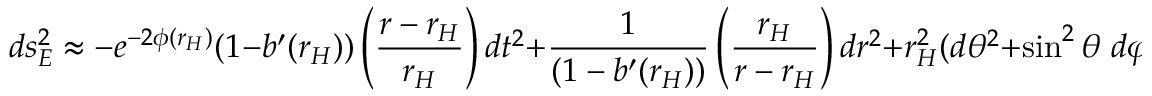
d s _ { E } ^ { 2 } \approx - e ^ { - 2 \phi ( r _ { H } ) } ( 1 - b ^ { \prime } ( r _ { H } ) ) \left( { \frac { r - r _ { H } } { r _ { H } } } \right) d t ^ { 2 } + { \frac { 1 } { ( 1 - b ^ { \prime } ( r _ { H } ) ) } } \left( { \frac { r _ { H } } { r - r _ { H } } } \right) d r ^ { 2 } + r _ { H } ^ { 2 } ( d \theta ^ { 2 } + \sin ^ { 2 } \theta \; d \varphi ^ { 2 } ) .